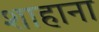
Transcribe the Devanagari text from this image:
शाहाना